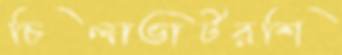
চিলাভার্টরশি